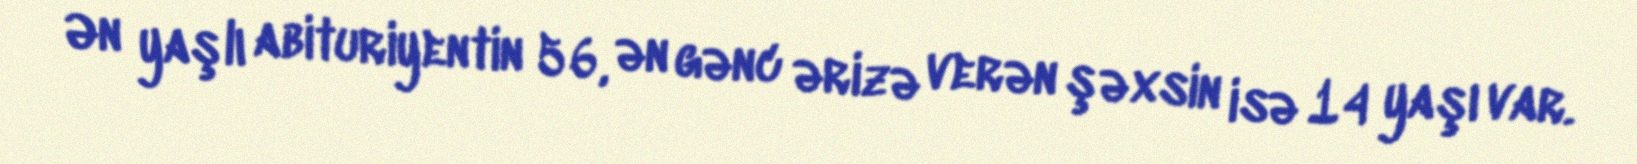
Ən yaşlı abituriyentin 56, ən gənc ərizə verən şəxsin isə 14 yaşı var.